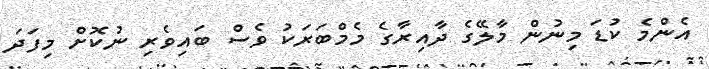
އެންމެ ކުޑަ މިނުން މާލޭގެ ދާއިރާގެ މެމްބަރަކު ވެސް ބައިވެރި ނުކޮށް މިފަދަ